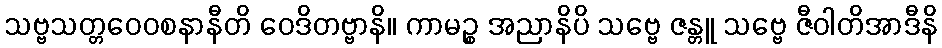
သဗ္ဗသတ္တဝေဝစနာနီတိ ဝေဒိတဗ္ဗာနိ။ ကာမဉ္စ အညာနိပိ သဗ္ဗေ ဇန္တူ သဗ္ဗေ ဇီဝါတိအာဒီနိ